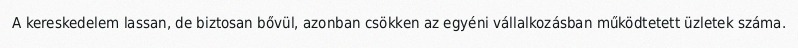
A kereskedelem lassan, de biztosan bővül, azonban csökken az egyéni vállalkozásban működtetett üzletek száma.